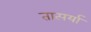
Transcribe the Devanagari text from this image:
तात्पर्या